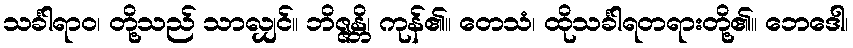
သင်္ခါရာဝ၊ တို့သည် သာလျှင်။ ဘိဇ္ဇန္တိ၊ ကုန်၏။ တေသံ၊ ထိုသင်္ခါရတရားတို့၏။ ဘေဒေါ၊